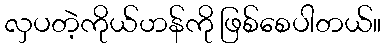
လှပတဲ့ကိုယ်ဟန်ကို ဖြစ်စေပါတယ်။